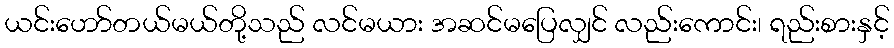
ယင်းဟော်တယ်မယ်တို့သည် လင်မယား အဆင်မပြေလျှင် လည်းကောင်း၊ ရည်းစားနှင့်